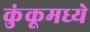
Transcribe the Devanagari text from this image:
कुंकूमध्ये